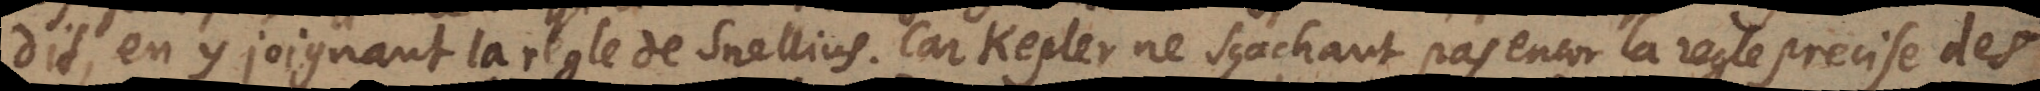
dit, en y joignant la regle de Snellius. Car Kepler ne sçachant pas encor la regle des